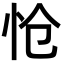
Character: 怆